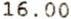
16.00